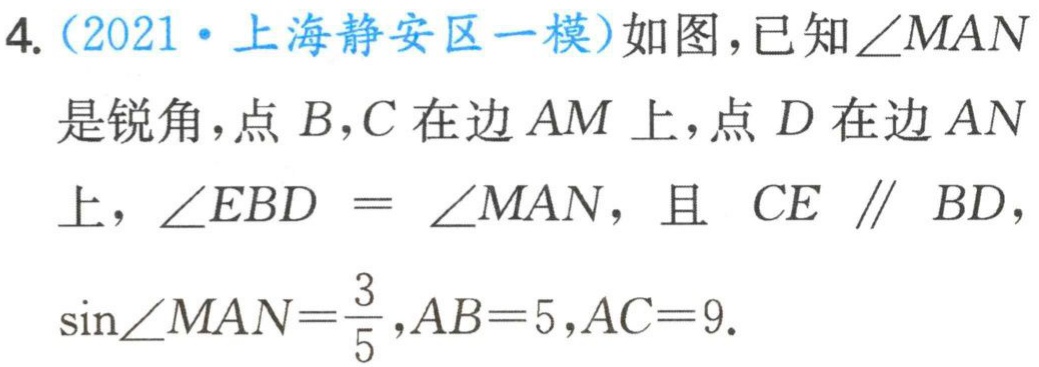
4.（2021·上海静安区一模）如图，已知\(\angle MAN\)是锐角，点\(B,C\)在边\(AM\)上，点\(D\)在边\(AN\)上，\(\angle EBD = \angle MAN\)，且 \(CE \parallel BD\)，\(\sin\angle MAN=\frac{3}{5},AB = 5,AC = 9\).